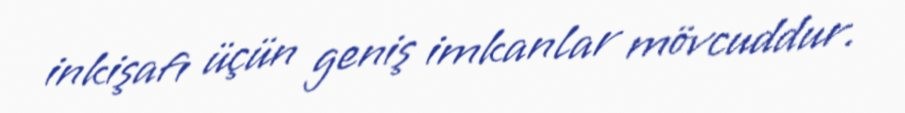
inkişafı üçün geniş imkanlar mövcuddur.